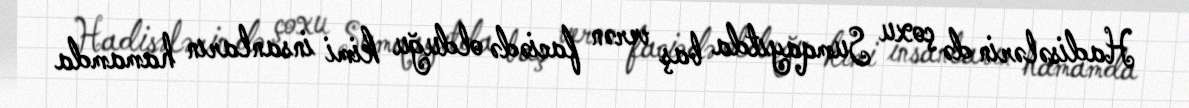
Hadisələrin də çoxu Sumqayıtda baş verən faciədə olduğu kimi insanların hamamda